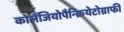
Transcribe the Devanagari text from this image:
कोलैंजियोपैन्क्रियेटोग्राफी